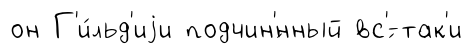
он Г'и́льд'иjи подчин'́нный вс'́-так'и